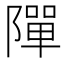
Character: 𨼒